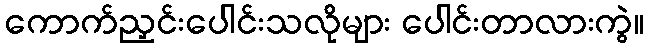
ကောက်ညှင်းပေါင်းသလိုများ ပေါင်းတာလားကွဲ။